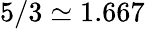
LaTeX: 5/3\simeq 1.667